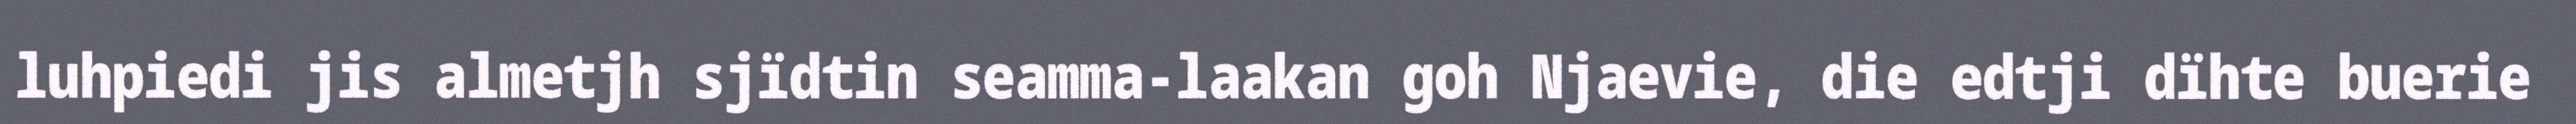
luhpiedi jis almetjh sjïdtin seamma-laakan goh Njaevie, die edtji dïhte buerie